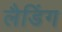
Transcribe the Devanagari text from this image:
लैडिंग